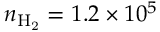
n _ { \mathrm { H _ { 2 } } } = 1 . 2 \times 1 0 ^ { 5 }